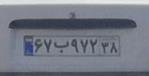
۶۷ب۹۷۲۳۸